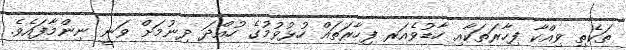
ތަކެތި ވިއްކާ ފިހާރަތަކާއި ހާޑުވެއަރ ފިހާރަތައް ހުޅުވުމުގެ ހުއްދަ ދިނުމަށް ވަނީ ނިންމާފައެވެ.